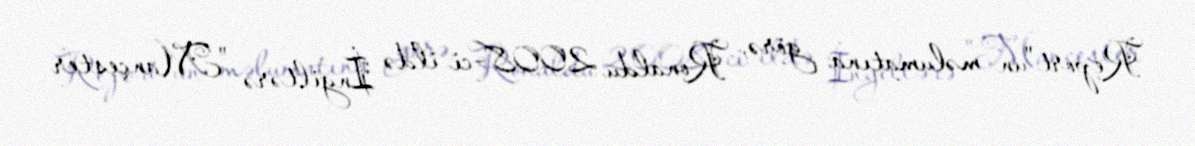
Report"un məlumatına görə, Ronaldu 2008-ci ildə İngiltərə "Mançester